Annual report on the mental hospital in the Central Provinces and Berar (Nagpur) - 1927-1951
Year: 1927
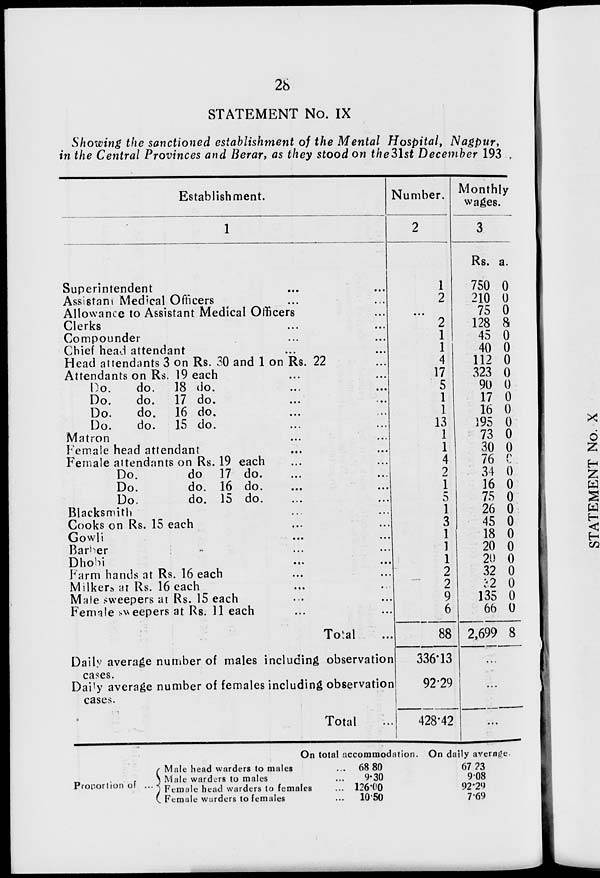
28
STATEMENT No. IX
Showing the sanctioned establishment of the Mental Hospital, Nagpur,
in the Central Provinces and Berar, as they stood on the 31st December 193
Establishment.
1
Superintendent ... ...
Assistant Medical Officers ... ...
Allowance to Assistant Medical Officers ...
Clerks ... ...
Compounder ... ...
Chief head attendant ... ...
Head attendants 3 on Rs. 30 and 1 on Rs. 22 ...
Attendants on Rs. 19 each ... ...
Do.
do. 18 do. ... ...
Do.
do. 17 do. ... ...
Do.
do. 16 do. ... ...
Do.
do. 15 do. ... ...
Matron ... ...
Female head attendant ... ...
Female attendants on Rs. 19 each ... ...
Do.
do.
17 do. ... ...
Do.
do. 16 do. ... ...
Do.
do. 15 do. ... ...
Blacksmith ... ...
Cooks on Rs. 15 each ... ...
Gowli ... ...
Barber ... ...
Dhobi ... ...
Farm hands at Rs. 16 each ... ...
Milkers at Rs. 16 each ... ...
Male sweepers at Rs. 15 each ... ...
Female sweepers at Rs. 11 each ... ...
Total ...
Daily average number of males including observation
cases.
Daily average number of females including observation
cases.
Total ...
Number.
2
1
2
...
2
1
1
4
17
5
1
1
13
1
1
4
2
1
5
1
3
1
1
1
2
2
9
6
88
336.13
92.29
428.42
Monthly
wages.
3
Rs.
750
210
75
128
45
40
112
323
90
17
16
195
73
30
76
34
16
75
26
45
18
20
20
32
32
135
66
2,699
a.
0
0
0
8
0
0
0
0
0
0
0
0
0
0
0
0
0
0
0
0
0
0
0
0
0
0
0
8
...
...
...
On total accommodation.
Proportion of ...
Male head warders to males ...
Male warders to males ...
Female head warders to females ...
Female warders to females ...
68.80
9.30
126.00
10.50
On daily average.
67.23
9.08
92.29
7.69